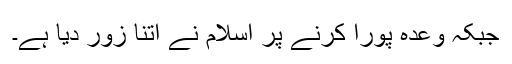
جبکہ وعدہ پورا کرنے پر اسلام نے اتنا زور دیا ہے۔